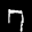
Label: 7